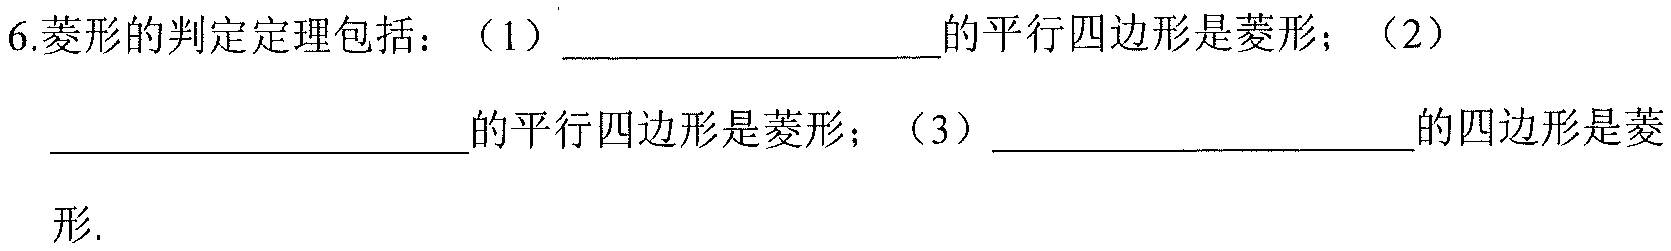
6.菱形的判定定理包括：（1）_________________的平行四边形是菱形；（2）_________________的平行四边形是菱形；（3）_________________的四边形是菱形.